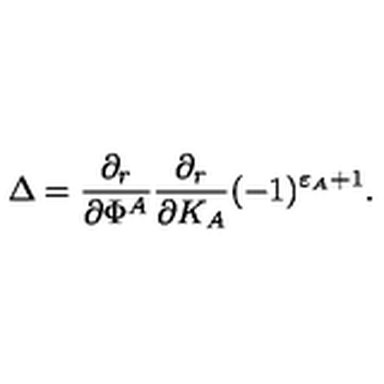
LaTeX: \Delta = { \frac { \partial _ { r } } { \partial \Phi ^ { A } } } { \frac { \partial _ { r } } { \partial K _ { A } } } ( - 1 ) ^ { \varepsilon _ { A } + 1 } .